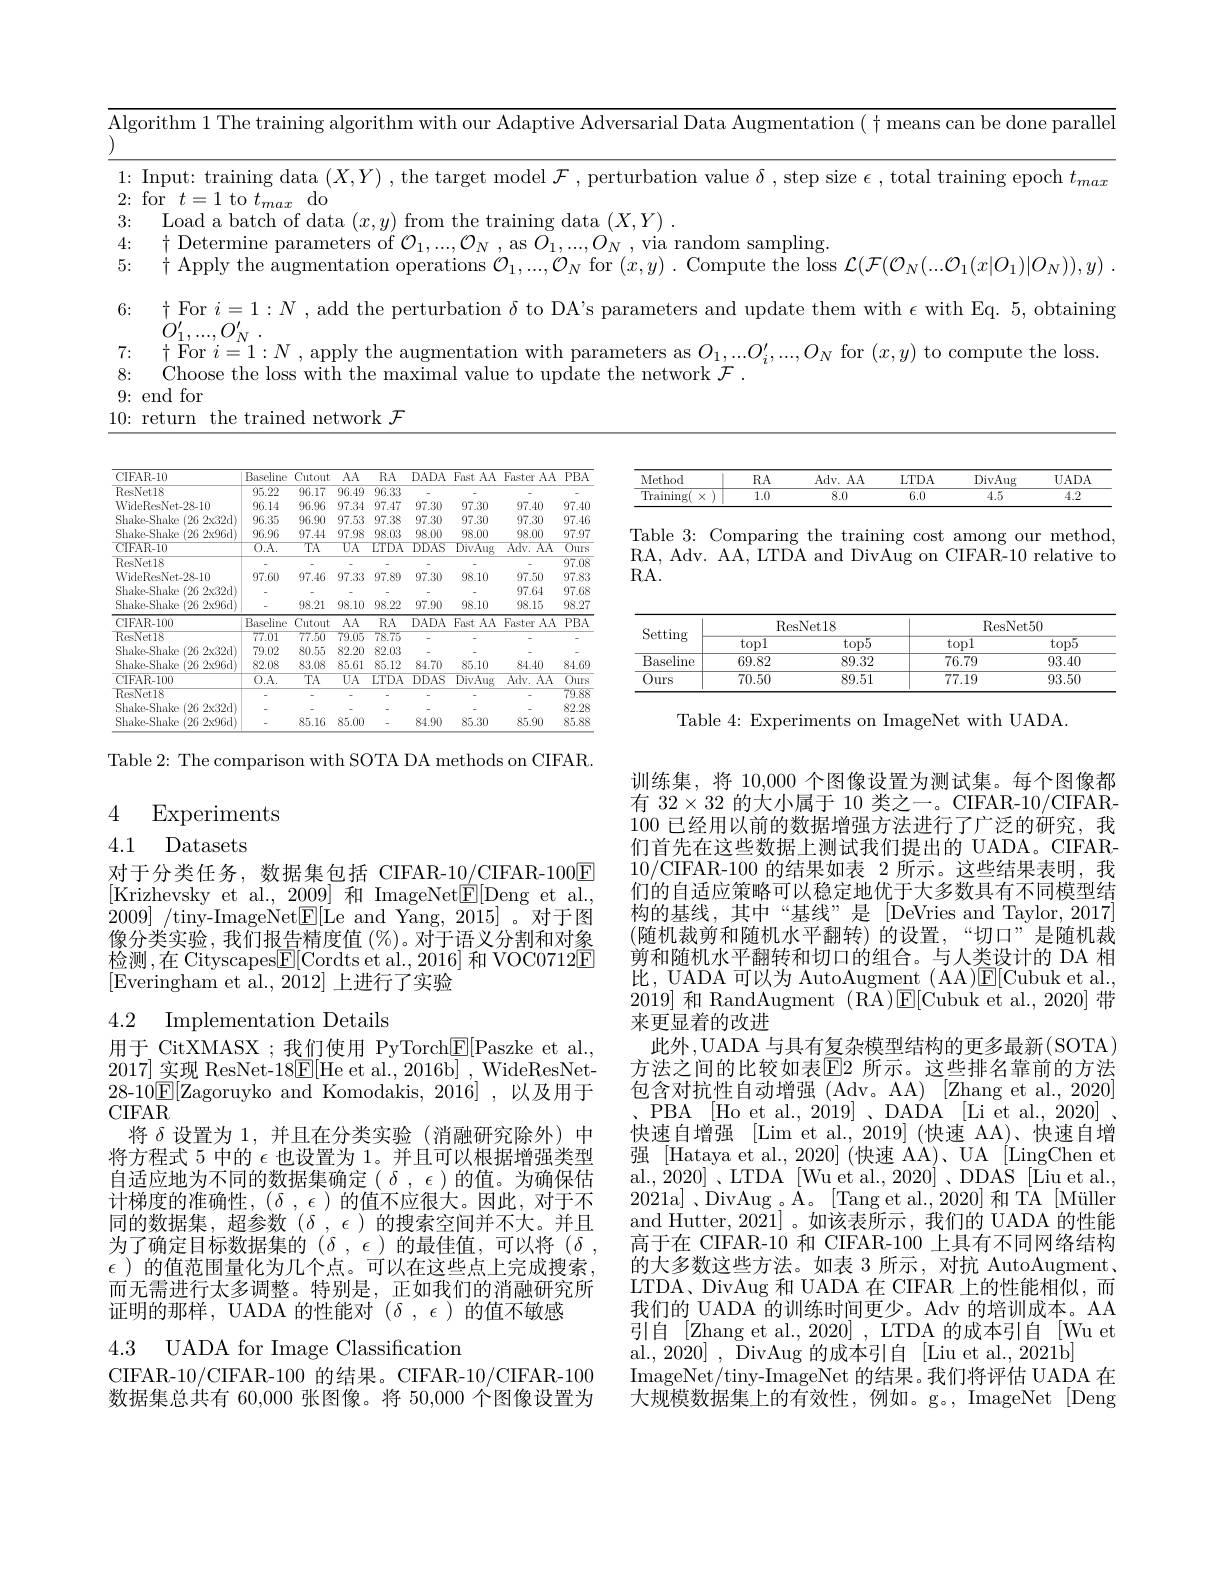
<table>
	<tbody>
		<tr>
			<td>$\operatorname{llgor}$</td>
			<td>$\iota\log($</td>
			<td>rithm 1 The training algorithm with our Adaptive Adversarial Data Augmentation $(\dagger$ means can be done paralle</td>
		</tr>
		<tr>
			<td>In 1: 1</td>
			<td>1:</td>
			<td>lnput: training traınıng epoch $t_m$</td>
		</tr>
		<tr>
			<td>2: 10</td>
			<td>2 1</td>
			<td>maT $01C$</td>
		</tr>
		<tr>
			<td>3:</td>
			<td>1.5. 1</td>
			<td>rainm</td>
		</tr>
		<tr>
			<td>4:</td>
			<td>4: </td>
			<td>m samplıng</td>
		</tr>
		<tr>
			<td>5:</td>
			<td>5:</td>
			<td>$\dagger$ Apply the augmentation operations $\mathcal{C}$ $\mathcal{O}_{1},...,\mathcal{O}_{N}$ for $( x, y)$ . Compute the loss $\mathcal{L}(\mathcal{F}(\mathcal{O}_{N}(...\mathcal{O}_{1}(x|O_{1})|O_{N})),y)$</td>
		</tr>
		<tr>
			<td>6:</td>
			<td>6:</td>
			<td>+For $i=$ $1:N$ ,add the $\operatorname{lpdate}$t them with $\epsilon$ with Eq. 5, obtaining</td>
		</tr>
		<tr>
			<td>7:</td>
			<td>7: $a$ 0</td>
			<td>$r$ $\eta$ = | . $\because\left|T_{i}^{n}\right||$ to compute the loss</td>
		</tr>
		<tr>
			<td>8:</td>
			<td>8:</td>
			<td>ihoose the loss p</td>
		</tr>
		<tr>
			<td> </td>
			<td>0</td>
			<td>$m.$</td>
		</tr>
	</tbody>
</table>

10: return the trained network $\mathcal{F}$

<table>
	<tbody>
		<tr>
			<th>CIFAR-10</th>
			<th>Baseline</th>
			<th>Cutout</th>
			<th>$AA$</th>
			<th>$RA$</th>
			<th>DADA</th>
			<th>Fast AA</th>
			<th>Faster $AA$</th>
			<th>$\overline{PBA}$</th>
		</tr>
		<tr>
			<td>ResNet18</td>
			<td>$\overline{95.22}$</td>
			<td>$\overline{96.17}$</td>
			<td>96.49</td>
			<td>$\overline{96.33}$</td>
			<td> </td>
			<td> </td>
			<td> </td>
			<td> </td>
		</tr>
		<tr>
			<td>WideResNet-28-10</td>
			<td>96.14</td>
			<td>96.96</td>
			<td>97.34</td>
			<td>97.47</td>
			<td>97.30</td>
			<td>97.30</td>
			<td>97.40</td>
			<td>97.40</td>
		</tr>
		<tr>
			<td>e (262x32d) Shake-Shake</td>
			<td>$96.35^{\prime}$</td>
			<td>96.90</td>
			<td>97.53</td>
			<td>97.38</td>
			<td>97.30</td>
			<td>97.30</td>
			<td>97.30</td>
			<td>97.46</td>
		</tr>
		<tr>
			<td>$(262x96d)$ Shake-Shake</td>
			<td>96.96</td>
			<td>97.44</td>
			<td>97.98</td>
			<td>98.03</td>
			<td>98.00</td>
			<td>98.00</td>
			<td>98.00</td>
			<td>97.97</td>
		</tr>
		<tr>
			<td>CIFAR-10</td>
			<td>$\overline{0.\mathrm{A}.}$</td>
			<td>$TA$</td>
			<td>$UA$</td>
			<td>LTDA</td>
			<td>$DDAS$</td>
			<td>$\overline{\text{DivAug}}$</td>
			<td>$\overline{\mathrm{Adv.~AA}}$</td>
			<td>$\overline{Ours}$</td>
		</tr>
		<tr>
			<td>ResNet18</td>
			<td> </td>
			<td> </td>
			<td> </td>
			<td>-</td>
			<td> </td>
			<td> </td>
			<td> </td>
			<td>$\overline{97.08}$</td>
		</tr>
		<tr>
			<td>WideResNet-28-10</td>
			<td>97.60</td>
			<td>97.46</td>
			<td>97.33</td>
			<td>97.89</td>
			<td>97.30</td>
			<td>98.10</td>
			<td>97.50</td>
			<td>97.83</td>
		</tr>
		<tr>
			<td>ShakeShake e (262832d)</td>
			<td> </td>
			<td> </td>
			<td> </td>
			<td> </td>
			<td> </td>
			<td> </td>
			<td>97.64</td>
			<td>97.68</td>
		</tr>
		<tr>
			<td>Shake-Shake :(26 $32x96d$ T</td>
			<td> </td>
			<td>98.21</td>
			<td>98.10</td>
			<td>98.22</td>
			<td>97.90</td>
			<td>98.10</td>
			<td>98.15</td>
			<td>98.27</td>
		</tr>
		<tr>
			<td>CIFAR-100</td>
			<td>Baseline</td>
			<td>Cutout</td>
			<td>$AA$</td>
			<td>$RA$</td>
			<td>DADA</td>
			<td>Fast AA</td>
			<td>Faster $AA$</td>
			<td>$\overline{PBA}$</td>
		</tr>
		<tr>
			<td>ResNet18</td>
			<td>77.01</td>
			<td>77.50</td>
			<td>79.05</td>
			<td>78.75</td>
			<td> </td>
			<td> </td>
			<td> </td>
			<td> </td>
		</tr>
		<tr>
			<td>e (262x32d) Shake-Shake</td>
			<td>79.02</td>
			<td>80.55</td>
			<td>82.20</td>
			<td>82.03</td>
			<td> </td>
			<td> </td>
			<td> </td>
			<td> </td>
		</tr>
		<tr>
			<td>$(262x96d)$ Shake-Shake</td>
			<td>82.08</td>
			<td>83.08</td>
			<td>85.61</td>
			<td>85.12</td>
			<td>84.70</td>
			<td>85.10</td>
			<td>84.40</td>
			<td>84.69</td>
		</tr>
		<tr>
			<td>CIFAR-100</td>
			<td>$\overline{0.\mathrm{A}}.$</td>
			<td>$TA$</td>
			<td>$\overline{UA}$</td>
			<td>$\overline{\mathrm{LTDA}}$</td>
			<td>$\overline{DDAS}$</td>
			<td>$\overline{\mathrm{DivAug}}$</td>
			<td>$\overline{\mathrm{Adv.~AA}}$</td>
			<td>$\overline{Ours}$</td>
		</tr>
		<tr>
			<td>ResNet18</td>
			<td> </td>
			<td> </td>
			<td> </td>
			<td> </td>
			<td> </td>
			<td> </td>
			<td> </td>
			<td>79.88</td>
		</tr>
		<tr>
			<td>e (262x32d) Shake-Shake</td>
			<td> </td>
			<td> </td>
			<td> </td>
			<td>-</td>
			<td> </td>
			<td> </td>
			<td> </td>
			<td>82.28</td>
		</tr>
		<tr>
			<td>$(262x96d)$ Shake-Shake</td>
			<td> </td>
			<td>85.16</td>
			<td>85.00</td>
			<td>-</td>
			<td>84.90</td>
			<td>85.30</td>
			<td>85.90</td>
			<td>85.88</td>
		</tr>
	</tbody>
</table>

Table 2: The comparison with SOTA DA methods on CIFAR.

### 4 Experiments 4.1 Datasets

对于分类任务，数据集包括 CIFAR-10/CIFAR-100E [Krizhevsky et al.,2009]和ImageNet$\underline{\mathrm{E}}[$Deng et al. 2009] /tiny-ImageNet$\underline{\mathrm{E}}[$Le and Yang, 2015] 。对于图像分类实验，我们报告精度值(%)。对于语义分割和对象检测，在 Cityscapes$\underline{\mathbb{E}}[$Cordts et al., 2016] 和 VOC0712$\underline{\mathbb{E}}$ [Everingham et al., 2012] 上进行了实验

4.2 Implementation Details

$\text{用于}_{\mathrm{~CitXMASX~;~我们使用~PyTorch[F]Paszke~et~al.,}}$ 2017]实现 ResNet-18$\underline{\mathrm{E}}[$He et al., 2016b] , WideResNet- 28-10$\underline{\mathbb{E}}[$Zagoruyko and Komodakis, 2016]\:,\:以及用于CIFAR
将$\delta$设置为 1,并且在分类实验(消融研究除外)中将方程式 5 中的$\epsilon$也设置为 1。并且可以根据增强类型自适应地为不同的数据集确定$(\delta,\epsilon)$的值。为确保估计梯度的准确性，($\delta,\epsilon)的值不应很大。因此，对于不$ 同的数据集，超参数($\delta,\epsilon)的搜索空间并不大。并且$ 为了确定目标数据集的$(\delta,\epsilon)$的最佳值，可以将$(\delta$, $\epsilon$ )的值范围量化为几个点。可以在这些点上完成搜索， 而无需进行太多调整。特别是，正如我们的消融研究所证明的那样，UADA 的性能对$(\delta,\epsilon)$的值不敏感

4.3 UADA for Image Classification

CIFAR-10/CIFAR-100 的结果。CIFAR-10/CIFAR-100数据集总共有 60,000 张图像。将 50,000 个图像设置为

<table>
	<tbody>
		<tr>
			<th>Method</th>
			<th>$RA$</th>
			<th>Adv. AA</th>
			<th>LTDA</th>
			<th>DivAug</th>
			<th>$UADA$</th>
		</tr>
		<tr>
			<td>Traininge $X$</td>
			<td>1.0</td>
			<td>8.0</td>
			<td>6.0</td>
			<td>4.5</td>
			<td>4.2</td>
		</tr>
	</tbody>
</table>

Table 3: Comparing the training cost among our method, RA, Adv. AA, LTDA and DivAug on CIFAR-10 relative to RA.

<table>
	<tbody>
		<tr>
			<th rowspan="2">Setting</th>
			<th colspan="2">ResNet18</th>
			<th colspan="2">ResNet50</th>
		</tr>
		<tr>
			<th>topl</th>
			<th>$top5$</th>
			<th>topl</th>
			<th>$top5$</th>
		</tr>
		<tr>
			<td>$\overline{{\mathrm{Baseline}}}$ Y</td>
			<td>69.82</td>
			<td>89.32</td>
			<td>76.79</td>
			<td>93.40</td>
		</tr>
		<tr>
			<td>Ours</td>
			<td>70.50</td>
			<td>89.51</td>
			<td>77.19</td>
			<td>93.50</td>
		</tr>
	</tbody>
</table>

Table 4: Experiments on ImageNet with UADA.

训练集，将 10,000 个图像设置为测试集。每个图像都有$32\times32$的大小属于 10 类之一。CIFAR-10/CIFAR- 100 已经用以前的数据增强方法进行了广泛的研究，我们首先在这些数据上测试我们提出的 UADA。CIFAR- 10/CIFAR-100 的结果如表 2 所示。这些结果表明，我们的自适应策略可以稳定地优于大多数具有不同模型结构的基线，其中“基线”是[DeVries and Taylor,2017] (随机裁剪和随机水平翻转)的设置，“切口”是随机裁剪和随机水平翻转和切口的组合。与人类设计的 DA 相比，UADA 可以为 AutoAugment ( AA)$\mathsf{E}[$Cubuk et al., 2019]和 RandAugment (RA)E[Cubuk et al., 2020] 带来更显着的改进
此外，UADA 与具有复杂模型结构的更多最新(SOTA) 方法之间的比较如表$\mathbb{E}$2 所示。这些排名靠前的方法包含对抗性自动增强(Adv。AA)[Zhangetal.,2020] PBA [Ho et al., 2019] 、DADA [Li et al., 2020] . 快速自增强 [Lim et al.,2019] (快速 AA)、快速自增强[Hataya et al.,2020](快速 AA)、UA[LingChen et al., 2020] 、LTDA [Wu et al., 2020] , DDAS [Liu et al., 2021a] ,DivAug 。A。[Tang et al., 2020] 和 TA[Müllen] and Hutter, 2021]。如该表所示，我们的 UADA 的性能高于在 CIFAR-10 和 CIFAR-100 上具有不同网络结构的大多数这些方法。如表 3 所示，对抗 AutoAugment . LTDA、DivAug 和 UADA 在 CIFAR 上的性能相似，而我们的 UADA 的训练时间更少。Adv 的培训成本。AA 引自[Zhang et al.,2020],LTDA 的成本引自[Wu et al., 2020] , DivAug 的成本引自 [Liu et al., 2021b]
ImageNet/tiny-ImageNet 的结果。我们将评估 UADA 在大规模数据集上的有效性，例如。g。, ImageNet[Deng